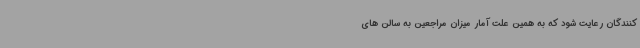
‌کنندگان رعایت شود که به همین علت آمار میزان مراجعین به سالن‌ های